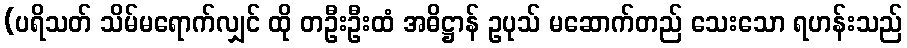
(ပရိသတ် သိမ်မရောက်လျှင် ထို တဦးဦးထံ အဓိဋ္ဌာန် ဥပုသ် မဆောက်တည် သေးသော ရဟန်းသည်